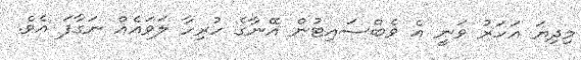
މިދިޔަ އަހަރު ވަނީ އެ ވެބްސައިޓުން އޭނާގެ ހުރިހާ ލަވައެއް ނަގާފަ އެވެ.